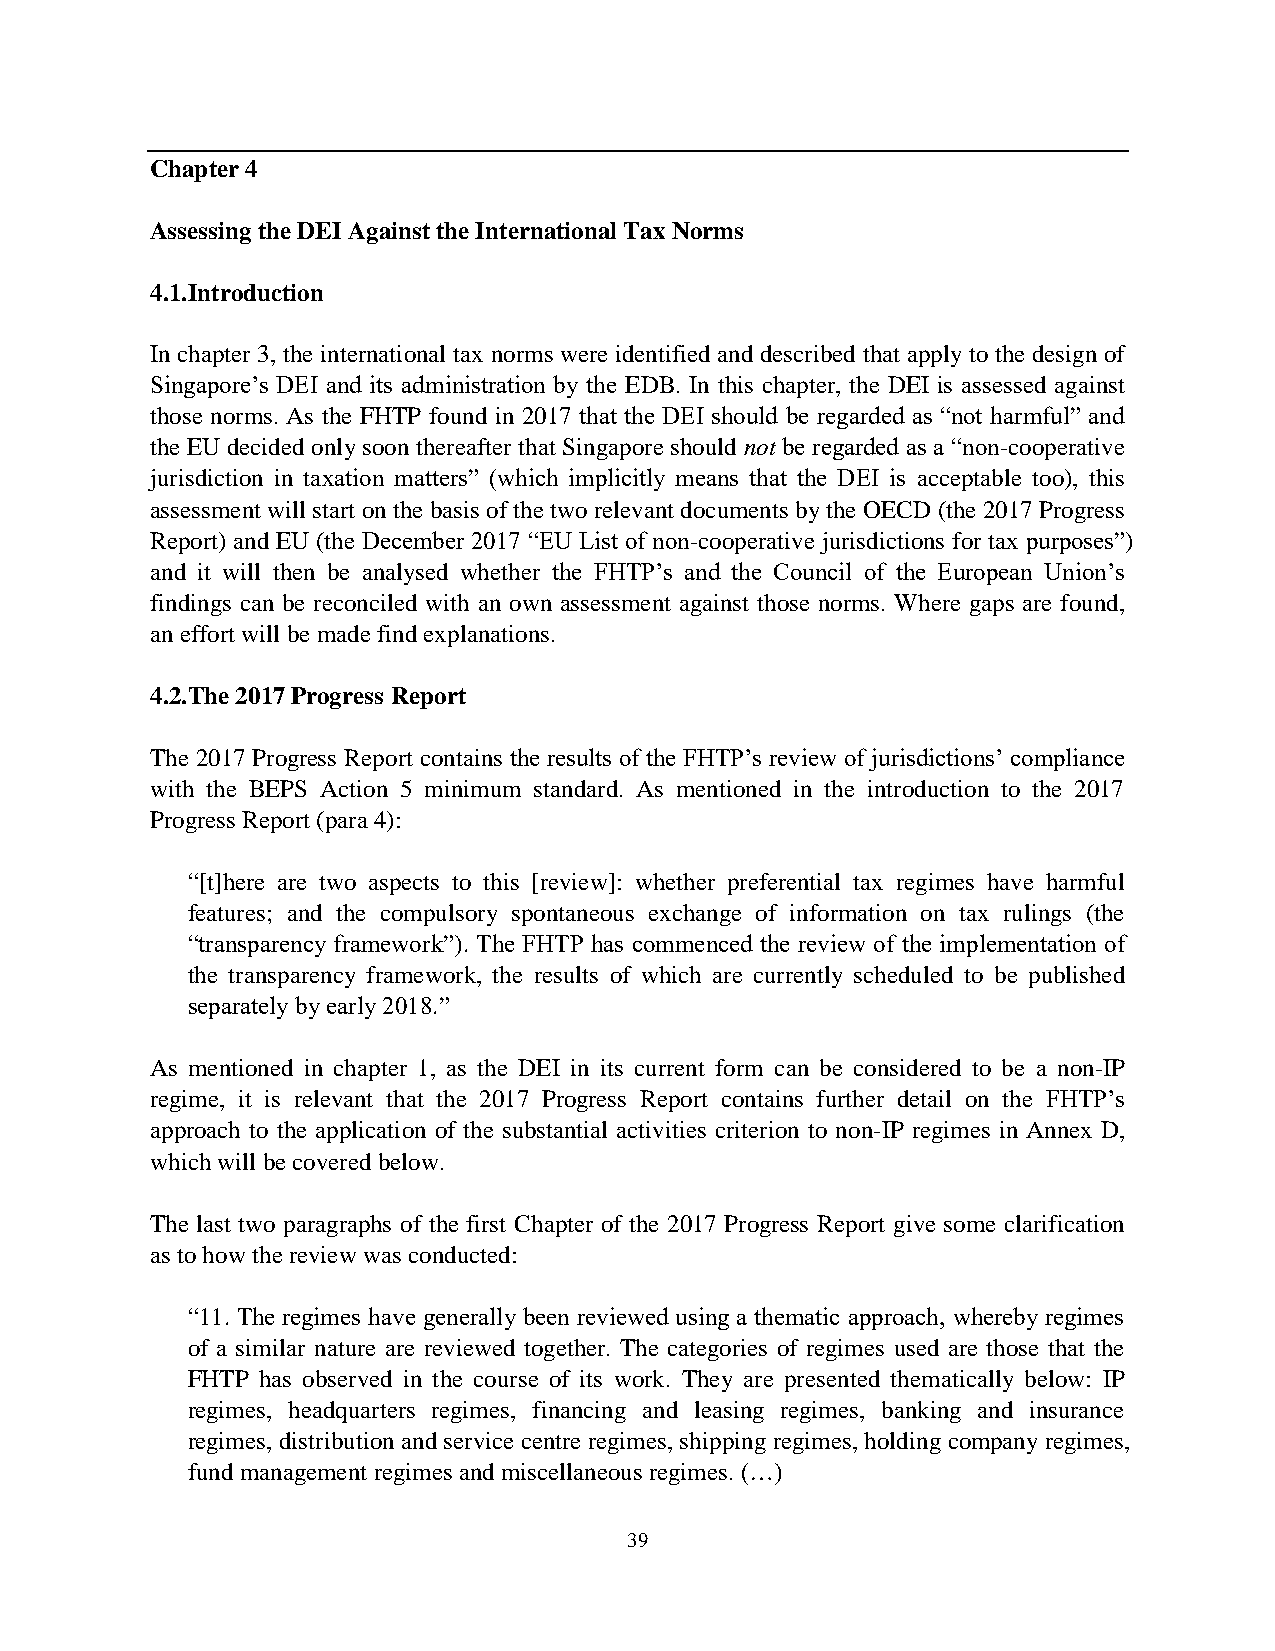
Chapter 4
 Assessing the DEI Against the International Tax Norms
 4.1.Introduction
 In chapter 3, the international tax norms were identified and described that apply to the design of
 Singapore’s DEI and its administration by the EDB. In this chapter, the DEI is assessed against
 those norms. As the FHTP found in 2017 that the DEI should be regarded as “not harmful” and
 the EU decided only soon thereafter that Singapore should not be regarded as a “non-cooperative
 jurisdiction in taxation matters” (which implicitly means that the DEI is acceptable too), this
 assessment will start on the basis of the two relevant documents by the OECD (the 2017 Progress
 Report) and EU (the December 2017 “EU List of non-cooperative jurisdictions for tax purposes”)
 and it will then be analysed whether the FHTP’s and the Council of the European Union’s
 findings can be reconciled with an own assessment against those norms. Where gaps are found,
 an effort will be made find explanations.
 4.2.The 2017 Progress Report
 The 2017 Progress Report contains the results of the FHTP’s review of jurisdictions’ compliance
 with the BEPS Action 5 minimum standard. As mentioned in the introduction to the 2017
 Progress Report (para 4):
 “[t]here are two aspects to this [review]: whether preferential tax regimes have harmful
 features; and the compulsory spontaneous exchange of information on tax rulings (the
 “transparency framework”). The FHTP has commenced the review of the implementation of
 the transparency framework, the results of which are currently scheduled to be published
 separately by early 2018.”
 As mentioned in chapter 1, as the DEI in its current form can be considered to be a non-IP
 regime, it is relevant that the 2017 Progress Report contains further detail on the FHTP’s
 approach to the application of the substantial activities criterion to non-IP regimes in Annex D,
 which will be covered below.
 The last two paragraphs of the first Chapter of the 2017 Progress Report give some clarification
 as to how the review was conducted:
 “11. The regimes have generally been reviewed using a thematic approach, whereby regimes
 of a similar nature are reviewed together. The categories of regimes used are those that the
 FHTP has observed in the course of its work. They are presented thematically below: IP
 regimes, headquarters regimes, financing and leasing regimes, banking and insurance
 regimes, distribution and service centre regimes, shipping regimes, holding company regimes,
 fund management regimes and miscellaneous regimes. (…)
 39